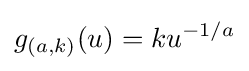
g_{(a,k)}(u)=ku^{-1/a}